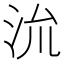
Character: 𭰈